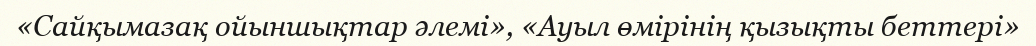
«Сайқымазақ ойыншықтар әлемі», «Ауыл өмірінің қызықты беттері»